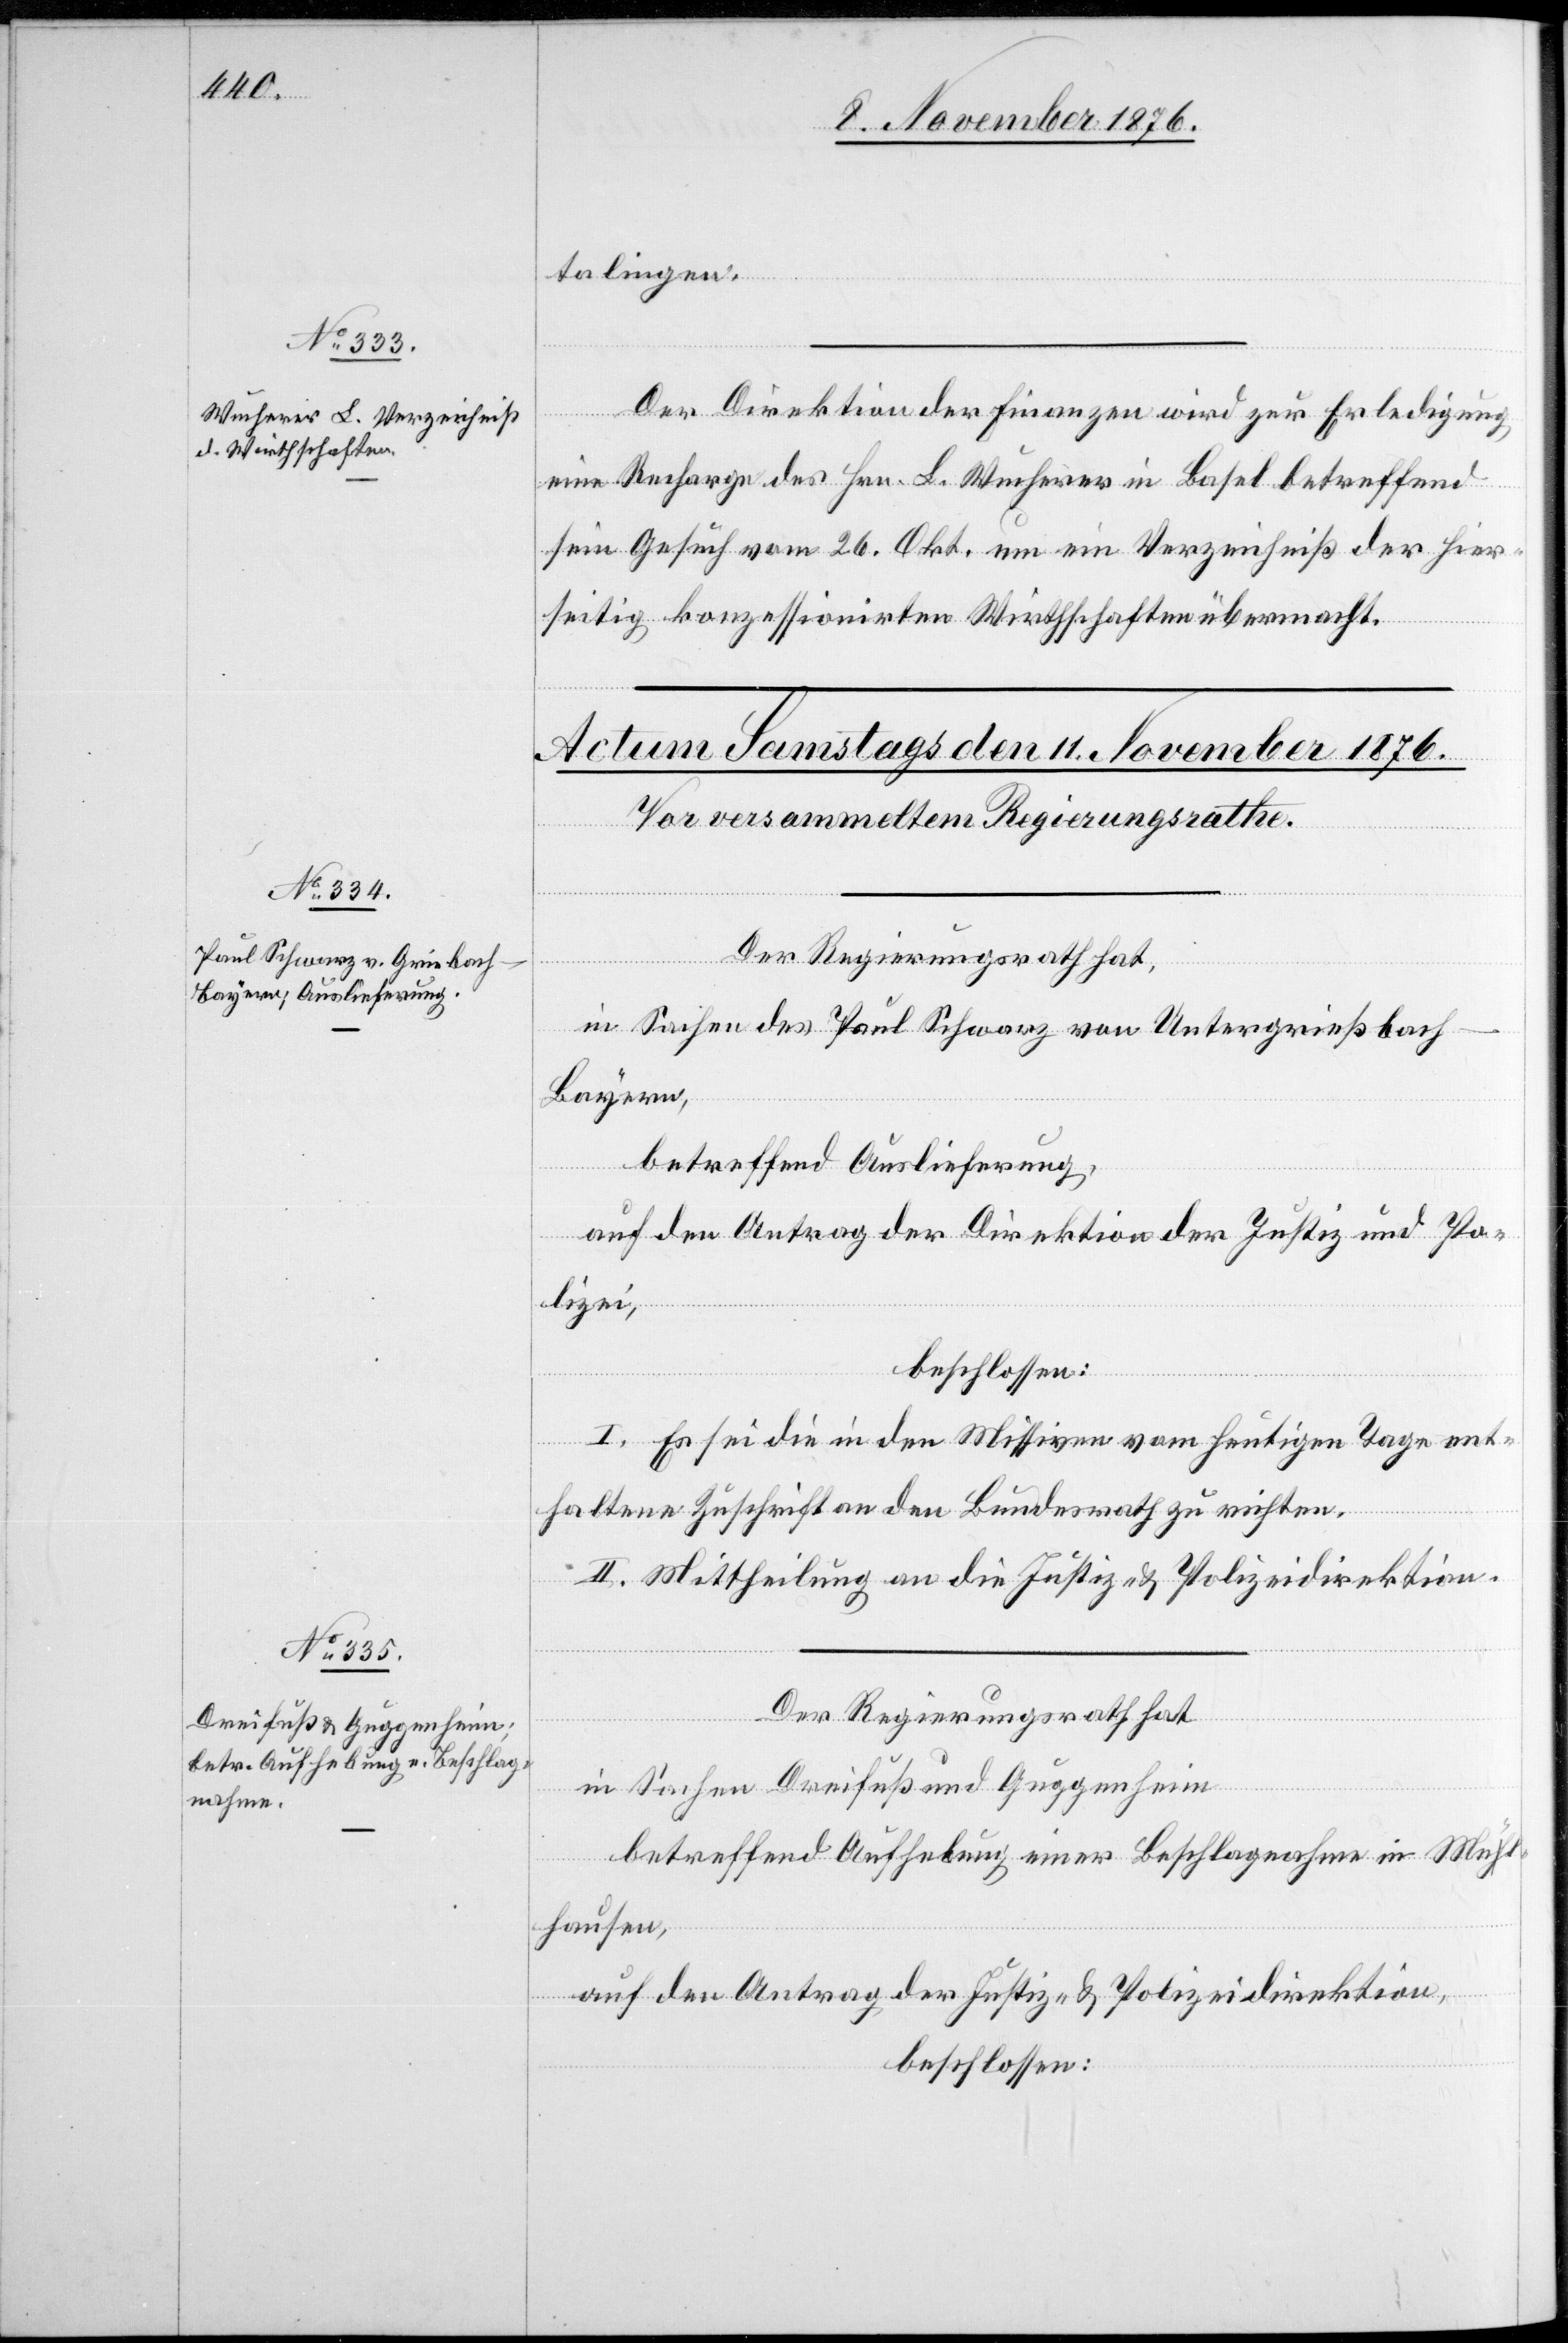
talingen.
Der Direktion der Finanzen wird zur Erledigung
eine Recharge des Hrn. L. Wucherer in Basel betreffend
sein Gesuch vom 26. Okt. um ein Verzeichniß der hier¬
seitig konzessionirten Wirthschaften übermacht.
Der Regierungsrath hat,
in Sachen des Paul Schwarz von Untergrießbach
Bayern,
betreffend Auslieferung,
auf den Antrag der Direktion der Justiz und Po¬
lizei,
beschlossen:
I. Es sei die in den Missiven vom heutigen Tage ent¬
haltene Zuschrift an den Bundesrath zu richten.
II. Mittheilung an die Justiz- & Polizeidirektion.
Der Regierungsrath hat,
in Sachen Dreifuß und Guggenheim
betreffend Aufhebung einer Beschlagnahme in Mühl¬
hausen,
auf den Antrag der Justiz- & Polizeidirektion,
beschlossen: